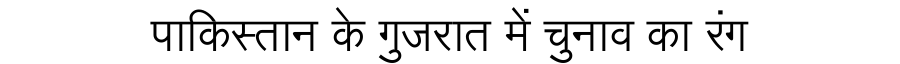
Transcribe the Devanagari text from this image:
पाकिस्तान के गुजरात में चुनाव का रंग